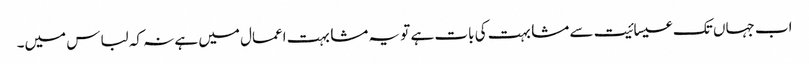
اب جہاں تک عیسائیت سے مشابہت کی بات ہے تو یہ مشابہت اعمال میں ہے نہ کہ لباس میں۔